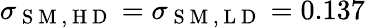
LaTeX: \sigma_{\mathrm{~S~M~,~H~D~}}=\sigma_{\mathrm{~S~M~,~L~D~}}=0.137